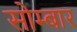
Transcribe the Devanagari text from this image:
सोम्बार